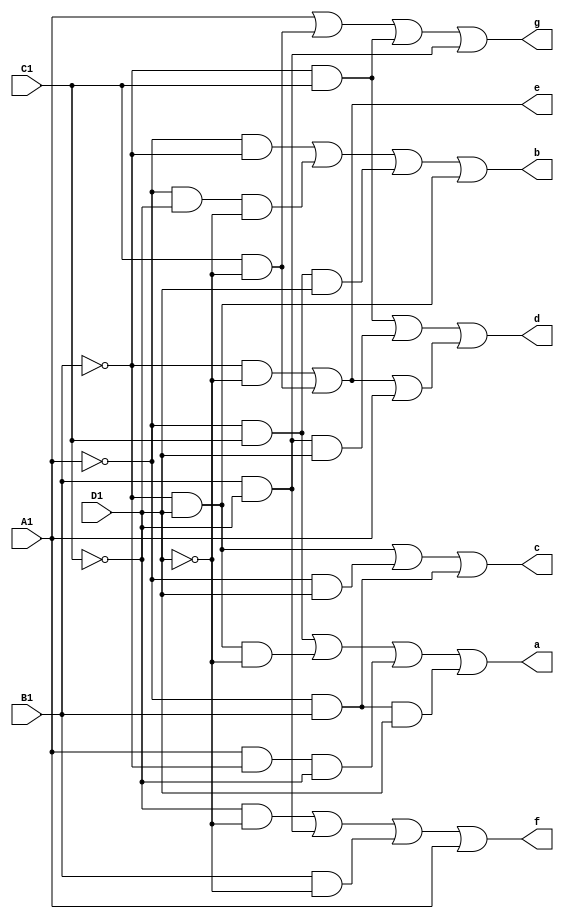
// Copyright (C) 2020  Intel Corporation. All rights reserved.
// Your use of Intel Corporation's design tools, logic functions 
// and other software and tools, and any partner logic 
// functions, and any output files from any of the foregoing 
// (including device programming or simulation files), and any 
// associated documentation or information are expressly subject 
// to the terms and conditions of the Intel Program License 
// Subscription Agreement, the Intel Quartus Prime License Agreement,
// the Intel FPGA IP License Agreement, or other applicable license
// agreement, including, without limitation, that your use is for
// the sole purpose of programming logic devices manufactured by
// Intel and sold by Intel or its authorized distributors.  Please
// refer to the applicable agreement for further details, at
// https://fpgasoftware.intel.com/eula.

// PROGRAM		"Quartus Prime"
// VERSION		"Version 20.1.1 Build 720 11/11/2020 SJ Lite Edition"
// CREATED		"Mon Oct 31 20:37:30 2022"

module b2seg(
	A1,
	B1,
	C1,
	D1,
	a,
	b,
	c,
	d,
	e,
	f,
	g
);


input wire	A1;
input wire	B1;
input wire	C1;
input wire	D1;
output wire	a;
output wire	b;
output wire	c;
output wire	d;
output wire	e;
output wire	f;
output wire	g;

wire	SYNTHESIZED_WIRE_0;
wire	SYNTHESIZED_WIRE_1;
wire	SYNTHESIZED_WIRE_2;
wire	SYNTHESIZED_WIRE_3;
wire	SYNTHESIZED_WIRE_4;
wire	SYNTHESIZED_WIRE_5;
wire	SYNTHESIZED_WIRE_58;
wire	SYNTHESIZED_WIRE_59;
wire	SYNTHESIZED_WIRE_8;
wire	SYNTHESIZED_WIRE_9;
wire	SYNTHESIZED_WIRE_10;
wire	SYNTHESIZED_WIRE_11;
wire	SYNTHESIZED_WIRE_12;
wire	SYNTHESIZED_WIRE_60;
wire	SYNTHESIZED_WIRE_61;
wire	SYNTHESIZED_WIRE_42;
wire	SYNTHESIZED_WIRE_43;
wire	SYNTHESIZED_WIRE_44;
wire	SYNTHESIZED_WIRE_45;
wire	SYNTHESIZED_WIRE_46;
wire	SYNTHESIZED_WIRE_50;
wire	SYNTHESIZED_WIRE_51;
wire	SYNTHESIZED_WIRE_52;
wire	SYNTHESIZED_WIRE_53;
wire	SYNTHESIZED_WIRE_54;
wire	SYNTHESIZED_WIRE_55;
wire	SYNTHESIZED_WIRE_56;
wire	SYNTHESIZED_WIRE_57;




assign	SYNTHESIZED_WIRE_60 =  ~A1;

assign	f = SYNTHESIZED_WIRE_0 | SYNTHESIZED_WIRE_1 | SYNTHESIZED_WIRE_2 | A1;

assign	g = A1 | SYNTHESIZED_WIRE_3 | SYNTHESIZED_WIRE_4 | SYNTHESIZED_WIRE_5;

assign	SYNTHESIZED_WIRE_52 = A1 & SYNTHESIZED_WIRE_58 & SYNTHESIZED_WIRE_59;

assign	c = SYNTHESIZED_WIRE_8 | SYNTHESIZED_WIRE_9 | SYNTHESIZED_WIRE_10;

assign	e = SYNTHESIZED_WIRE_11 | SYNTHESIZED_WIRE_12;

assign	SYNTHESIZED_WIRE_54 = SYNTHESIZED_WIRE_60 & SYNTHESIZED_WIRE_58;

assign	SYNTHESIZED_WIRE_57 = SYNTHESIZED_WIRE_58 & SYNTHESIZED_WIRE_59;

assign	SYNTHESIZED_WIRE_55 = SYNTHESIZED_WIRE_60 & SYNTHESIZED_WIRE_59 & SYNTHESIZED_WIRE_61;

assign	SYNTHESIZED_WIRE_58 =  ~B1;

assign	SYNTHESIZED_WIRE_56 = SYNTHESIZED_WIRE_60 & C1 & D1;

assign	SYNTHESIZED_WIRE_10 = SYNTHESIZED_WIRE_60 & B1;

assign	SYNTHESIZED_WIRE_8 = SYNTHESIZED_WIRE_58 & SYNTHESIZED_WIRE_59;

assign	SYNTHESIZED_WIRE_9 = SYNTHESIZED_WIRE_60 & D1;

assign	SYNTHESIZED_WIRE_42 = SYNTHESIZED_WIRE_58 & SYNTHESIZED_WIRE_61;

assign	SYNTHESIZED_WIRE_45 = B1 & SYNTHESIZED_WIRE_59 & D1;

assign	SYNTHESIZED_WIRE_43 = C1 & SYNTHESIZED_WIRE_61;

assign	SYNTHESIZED_WIRE_44 = SYNTHESIZED_WIRE_58 & C1;

assign	SYNTHESIZED_WIRE_12 = SYNTHESIZED_WIRE_58 & SYNTHESIZED_WIRE_61;

assign	SYNTHESIZED_WIRE_11 = C1 & SYNTHESIZED_WIRE_61;

assign	SYNTHESIZED_WIRE_59 =  ~C1;

assign	SYNTHESIZED_WIRE_0 = SYNTHESIZED_WIRE_59 & SYNTHESIZED_WIRE_61;

assign	SYNTHESIZED_WIRE_1 = B1 & SYNTHESIZED_WIRE_59;

assign	SYNTHESIZED_WIRE_2 = B1 & SYNTHESIZED_WIRE_61;

assign	SYNTHESIZED_WIRE_5 = B1 & SYNTHESIZED_WIRE_59;

assign	SYNTHESIZED_WIRE_3 = C1 & SYNTHESIZED_WIRE_61;

assign	SYNTHESIZED_WIRE_4 = SYNTHESIZED_WIRE_58 & C1;

assign	SYNTHESIZED_WIRE_50 = SYNTHESIZED_WIRE_60 & C1;

assign	SYNTHESIZED_WIRE_53 = SYNTHESIZED_WIRE_60 & B1 & D1;

assign	SYNTHESIZED_WIRE_61 =  ~D1;

assign	SYNTHESIZED_WIRE_46 = SYNTHESIZED_WIRE_42 | SYNTHESIZED_WIRE_43 | A1;

assign	d = SYNTHESIZED_WIRE_44 | SYNTHESIZED_WIRE_45 | SYNTHESIZED_WIRE_46;

assign	SYNTHESIZED_WIRE_51 = SYNTHESIZED_WIRE_58 & SYNTHESIZED_WIRE_59 & SYNTHESIZED_WIRE_61;

assign	a = SYNTHESIZED_WIRE_50 | SYNTHESIZED_WIRE_51 | SYNTHESIZED_WIRE_52 | SYNTHESIZED_WIRE_53;

assign	b = SYNTHESIZED_WIRE_54 | SYNTHESIZED_WIRE_55 | SYNTHESIZED_WIRE_56 | SYNTHESIZED_WIRE_57;


endmodule